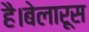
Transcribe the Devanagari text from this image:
है।बेलारूस